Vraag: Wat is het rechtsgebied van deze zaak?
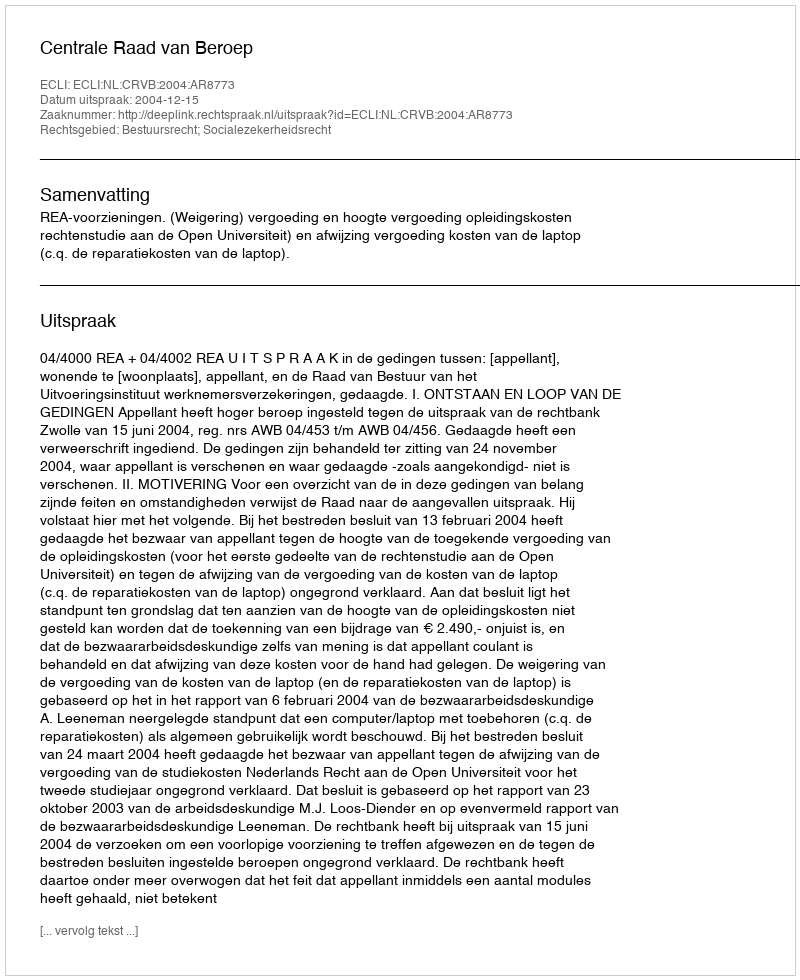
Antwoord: Bestuursrecht; Socialezekerheidsrecht